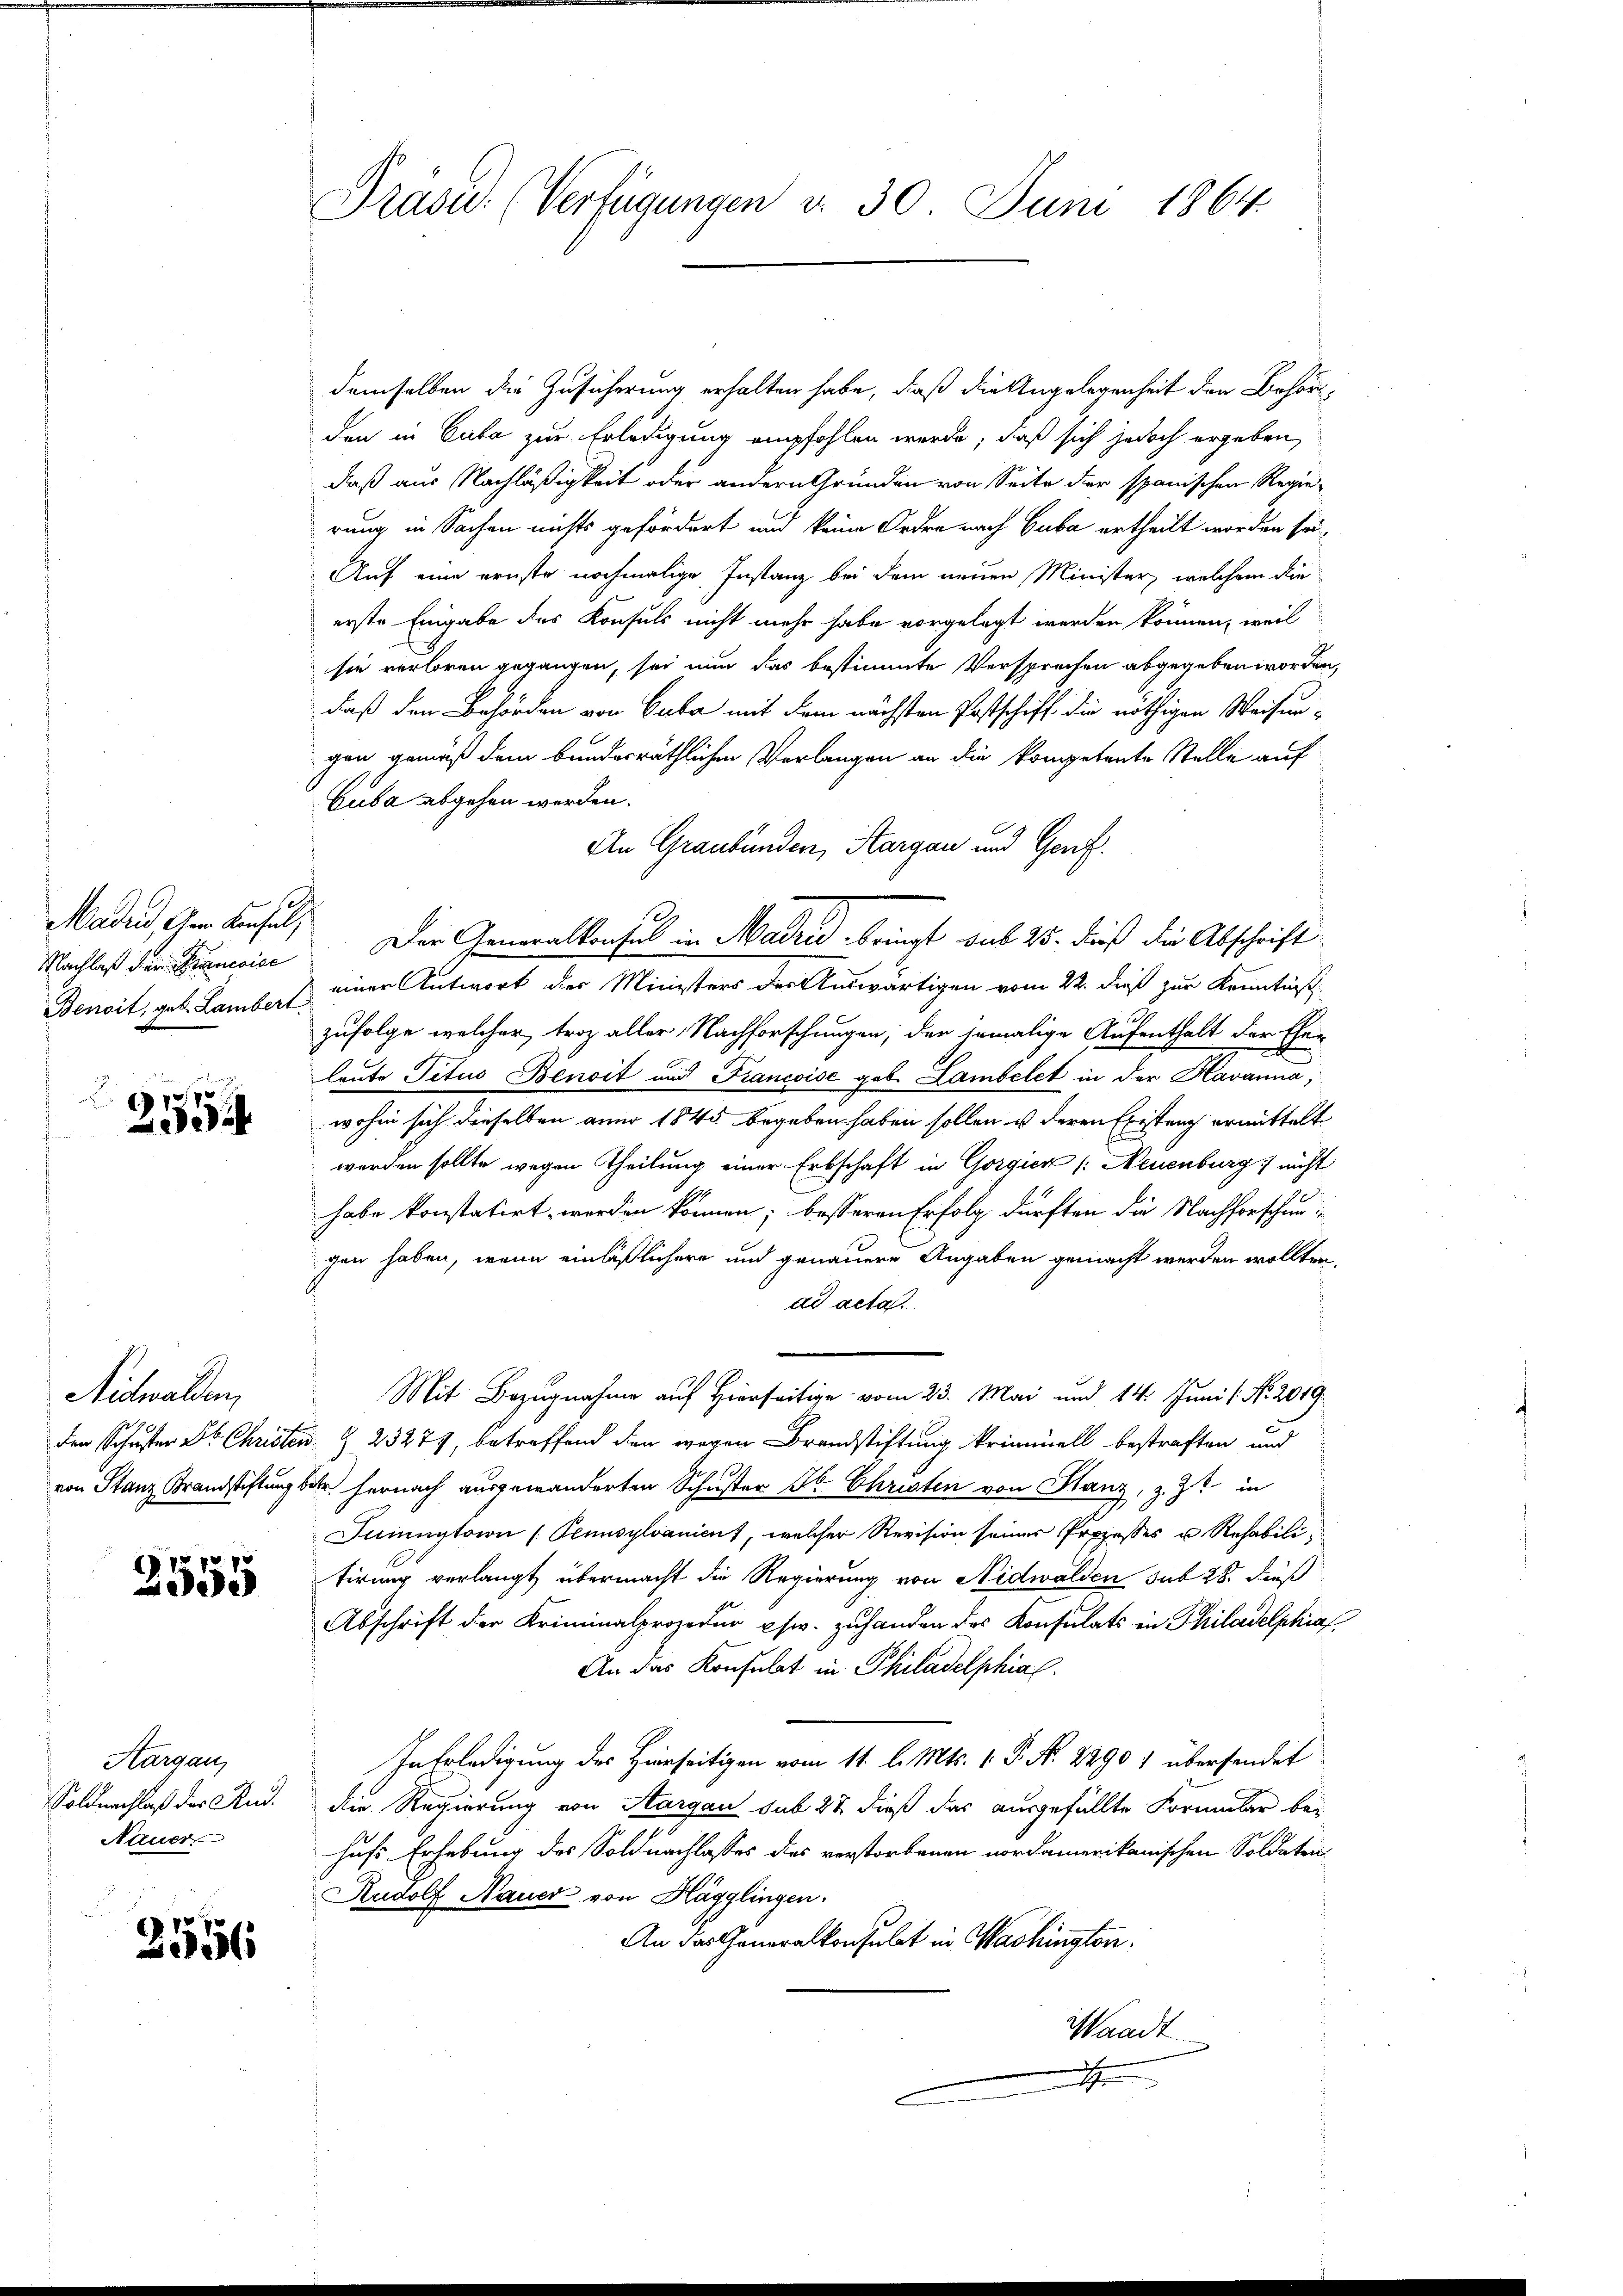
Maden, der Konsuls
Nachlaß der Francoise
Benoit, geb. Lambert

2554

Nidwalden,

2555

Aarganz
Soldnachlaß des Rud.
Nauer

2556

Präsid. (Verfügungen d. 30. Juni 1864.

demselben die Zusicherung erhalten habe, daß die Angelegenheit den Behörden in Cata zur Erledigung empfohlen werde, daß sich jedoch ergeben,
daß aus Nachläßigkeit oder andern Gründen von Seite der spanischen Regie-
rung in Sachen nichts gefördert und keine Ordre nach Guba ertheilt worden sei.
Auf eine ernste nochmalige Instanz bei dem neuen Minister, welchem die
erste Eingabe des Konsuls nicht mehr habe vorgelegt werden können, weil
sie verloren gegangen, sei nun das bestimmte Versprechen abgegeben worden,
daß den Behörden von Cuba mit dem nächsten Postschiff die nöthigen Weisungen gemäß dem bundesräthlichen Verlangen an die kompetente Stelle auf
Cuba abgehen werden.
An Graubünden, Aargau und Genf.
Der Generalkonsul in Madrid bringt sub 25. dieß die Abschrift
einer Antwort der Ministers der Auswärtigen vom 22. dieß zur Kenntniß
zufolge welcher troz aller Nachforschungen, der jemalige Aufenthalt der Eher
leute Petus Benoit und Francoise geb. Lambelet in der Havanna,
wohin sich dieselben aner 1845 begeben haben sollen ist deren Existung ermittelt
werden sollte wegen Theilung einer Erbschaft in Gorgicer /: Neuenburg nicht
habe konstatirt werden können; besseren Erfolg dürften die Nachforschungen haben, wenn einläßlichere und genauere Angaben gemacht werden wollten,
ad acta
Mit Bezugnahme auf Hierseitige vom 23. Mai und 14. Juni l. No. 2019
den Schuster Dr. Christen § 23277, betreffend den wegen Brandstiftung kriminell bestraften und
von Stanz Brandstiftung der hernach ausgewanderten Schuster Dr. Christen von Stanz, z. Zt. in
Juinnytown (Pennsylvanient, welcher Revision seiner Prozesses u. Rehabilitirung verlangt, übermacht die Regierung von Nidwalden sub 28. dieß
Abschrift der Kriminalprozedur usw. zuhanden des Konsulats in Philadelphia
An das Konsulat in Philadelphial.
In Erledigung des Hierseitigen vom 11. l. Mts. 1. P. N. 22901 übersendet
die Regierung von Aargau sub 28 dieß das ausgefüllte Formular behufe Erhebung des Soldnachlasses des verstorbenen nordamerikanischen Soldaten,
Rudolf Nauer von Hägglingen.
An das Generalkonsulat in Washington.
Waadt
r